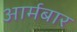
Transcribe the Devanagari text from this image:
आर्मबार